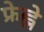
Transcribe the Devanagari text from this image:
फ्रेह्ले